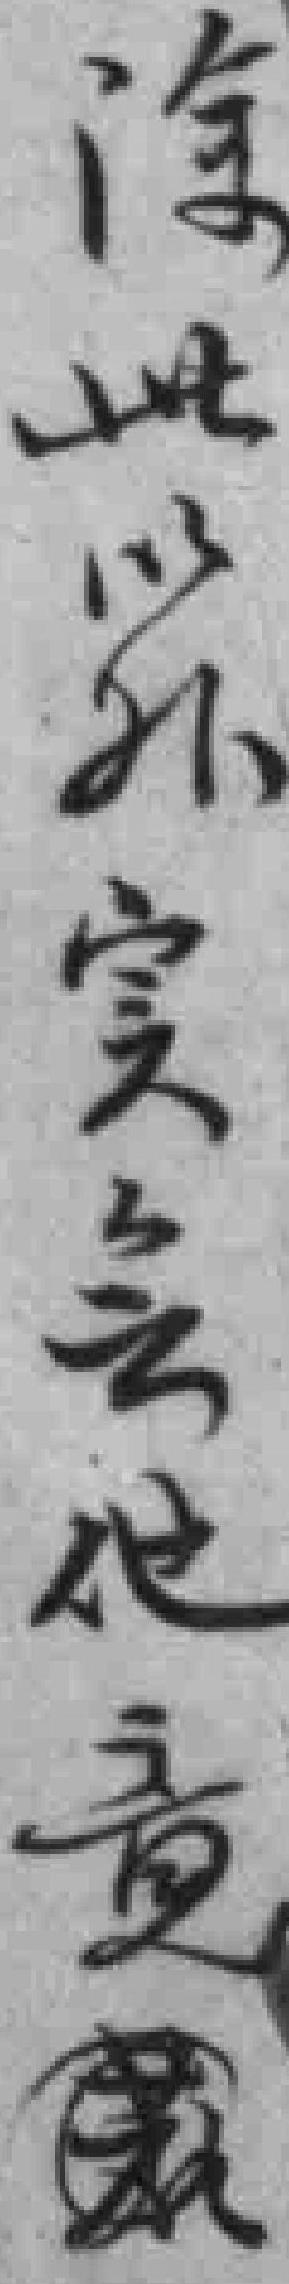
除此之外实無他责